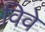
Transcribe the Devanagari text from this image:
विवे